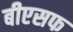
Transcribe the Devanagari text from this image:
बीएसफ